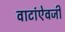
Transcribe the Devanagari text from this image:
वाटांऐवजी